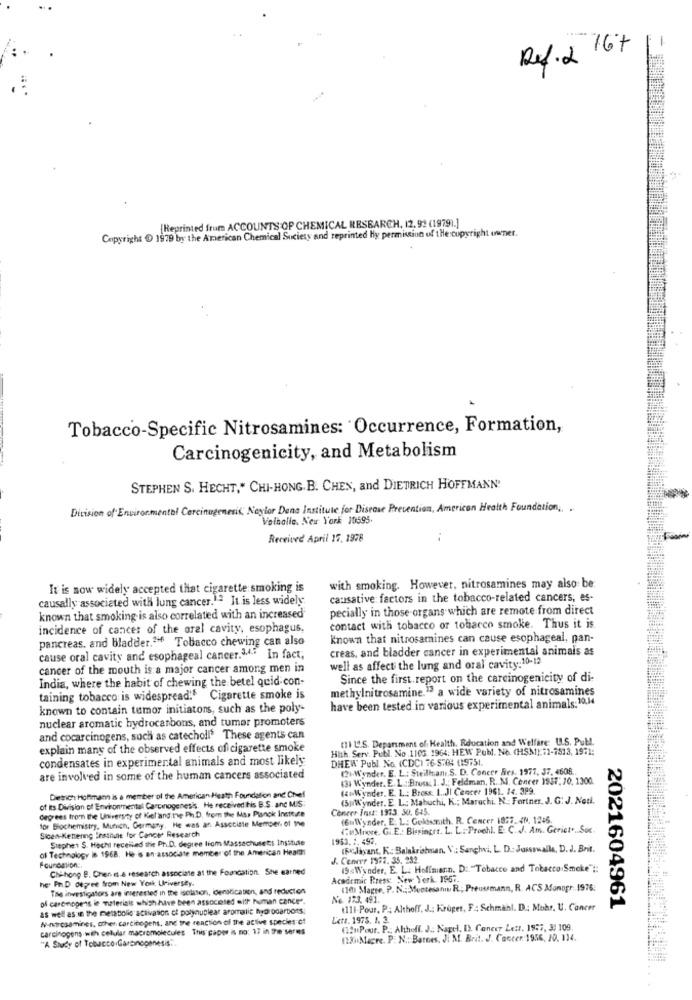
Ref. 2 167
[Reprinted frum ACCOUNTS OF CHEMICAL RESEARCH, 12. 92 (1979).]
Copyright @ 1979 by the American Chemical Society and reprinted Hy permission of tHe copyright owner.
Tobacco-Specific Nitrosamines: Occurrence, Formation,
Carcinogenicity, and Metabolism
STEPHEN S. HECHT," CHI-HONG. B. CHEN, and DIETRICH HOFFMANN'
Division of Environmental Carcinogenesis, Naylor Dona Institute for Disease Prevention, American Health Foundation, .
Velhalle. New York 10595.
Received April 15. 1978
It is now widely accepted that cigarette smoking is
with smoking. However, nitrosamines may also be
causally associated with lung cancer.1.ª It is less widely
causative factors in the tobacco-related cancers; es-
pecially in those organs which are remote from direct
known that smoking is also correlated with an increased
incidence of cancer of the oral cavity, esophagus,
contact with tobacco or totiarco smoke. Thus it is.
pancreas. and bladder.36 Tobacco chewing can also
Known that nitrosamines can cause esophageal, pan-
creas, and bladder cancer in experimental animals as
cause oral cavity and esophageal cancer.14. In fact;
cancer of the mouth is a major cancer among men in
well as affect the lung and oral cavity:10-12
India, where the habit of chewing the betel quid con-
Since the first.report on the carcinogenicity of di-
methylnitrosamine.13 a wide variety of nitrosamines
taining tobacco is widespread: Cigarette smoke is
known to contain tumor initiators, such as the poly-
have been tested in various experimental animals:10.4
nuclear aromatic hydrocarbons, and tumor promoters
and cocarcinogens, such as catecholl' These agents can
(11 1.S. Department of Health, Education and Welfare: U.S. Publ.
explain many of the observed effects of cigarette smoke
Hith. Serv. Publ. No.1103. 1964: HEW Publ. No. (HSM). 11-7513, 1971:
condensates in experimental animals and most likely
DHEW Publ No. (CDCI 76-5:04 (19751.
(2)-Wynder. E. L .: Steilhang.S. D. Concer Nes. 1977, 37. 4606.
are involved in some of the human cancers associated
431 Wynder. E. L .:: Brows 1. J .; Feldman, R. M. Concer 1937, 20, 1300.
(4Wynder. E. L .: Bross. L .. JI Cencer 1961. 14. 399.
Dietrich Hoffmann is a member of the American Health Foundation and Chef
(5p/'ynder. E. L .; Mabuchi, K .; Marachi. N .: Fortner. J. G. J. Noti.
degrees from the University of Mel'and ne Ph.D. from the Ms. Planck Institute
of its Division of Environmental Carcinogenesis. He received his B.S. and MIS
Coneer Inst: 1973. 50. 645.
for Biochemistry, Munich, Germany. He was an Associate Member of the
(6m\\'ynder, E. L: Goldsmith. R. Cencer 1857. 4N. 1246.
Sicen-Kettering Institute for Cancer Research
(SuMoore. Gi.E .: Bissinger. L. L . Prochl. E. C. J. Am. Geriet .. Soc.
Stephen S. Hacht receiled the Ph.D. degree from Massachusetts Institute
1953.1. 492.
of Technology Is 1968. He is an associate member of the American Health
(Relaxant, K. Balakrishnan, V .: Sanghvi, L. D .: Jasssmalle, D. J. Bnit.
J. Cenevr 1972. 35. 282
Chithong B. Chen is.& research associate at the Foundation. She earned
19 sWonder, E. L. Hoffmann. D :. "Tobacco and Tobacco Smoke"#:
her Ph.D degree from New York Universey.
Academic Press: New York. 1967.
Tale investigators are interested in the isolation, densdication, and reduction
(10) Magre, P. N .: Montesano R .; Preussmann, R. ACS Monogr .. 1976;
of carcinogens ie materiais which have been associated with human cance".
No 173. 491.
as well as in the metabolic activation ct polynuclear aromatic hydrocarbons;
1111-Pour, P: Althoff. J .; Kruger, F: Schmähl. D .: Mohr, U. Cancer
2021604961
W-noircsamines, other carcinogens, and the reaction of the active species of
Lett. 1975. 1. 3.
carcinogens with celular macromolecules This paper is no: 17 in the seres
(12uPour. P .; Althoff. J. Nagel, D. Conevy Lett. 1957, 3: 109.
"A Study of Tobacco Carcinogenesis".
(23) Magre. P. N .: Barnes, J. M. Brit. J. Concer 1956, 20. 114.